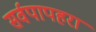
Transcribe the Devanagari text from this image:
सर्वपापहरा